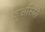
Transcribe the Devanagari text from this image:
जुअरियो